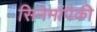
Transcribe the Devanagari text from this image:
सिनेमांपैकी